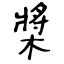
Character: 槳